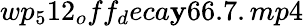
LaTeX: wp_{5}12_{o}ff_{d}eca\mathbf{y}66.7.mp4